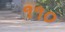
૧૧૦